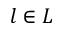
l \in L